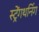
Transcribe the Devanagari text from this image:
स्ट्रेंगथनिंग